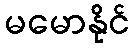
မမောနိုင်